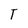
Character: T